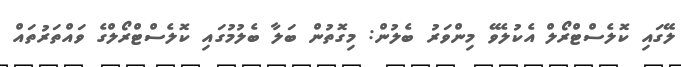
ލޭގައި ކޮލެސްޓްރޯލް އެކުލެވޭ މިންވަރު ބެލުން: މިގޮތުން ބަލާ ބެލުމުގައި ކޮލެސްޓްރޯލްގެ ވައްތަރުތައް